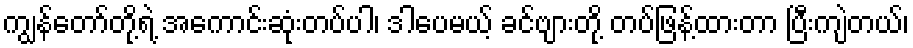
ကျွန်တော်တို့ရဲ့ အကောင်းဆုံးတပ်ပါ၊ ဒါပေမယ့် ခင်ဗျားတို့ တပ်ဖြန့်ထားတာ ပြီးကျဲတယ်၊